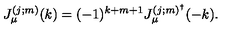
J _ { \mu } ^ { ( j ; m ) } ( k ) = ( - 1 ) ^ { k + m + 1 } J _ { \mu } ^ { ( j ; m ) ^ { \dag } } ( - k ) .